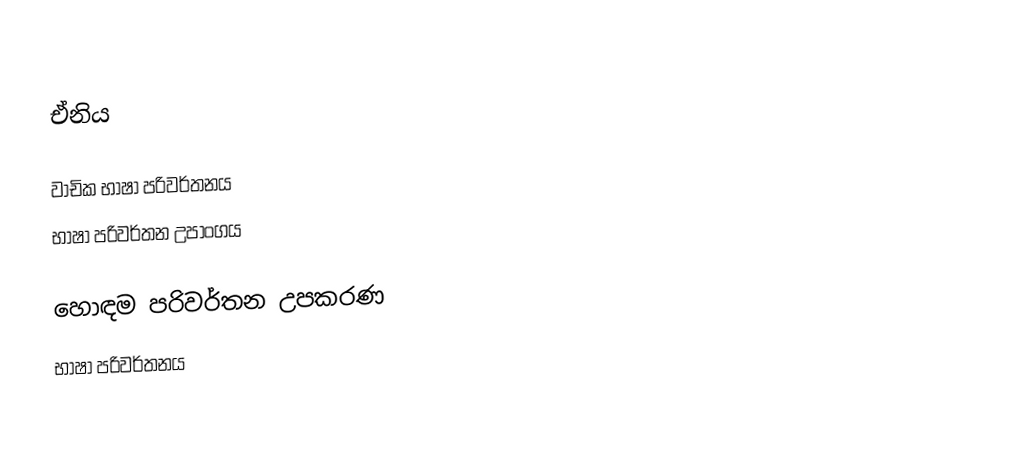
ඒනිය

වාචික භාෂා පරිවර්තනය
භාෂා පරිවර්තන උපාංගය

හොඳම පරිවර්තන උපකරණ
භාෂා පරිවර්තනය